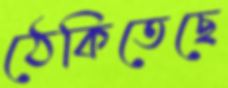
ঠেকিতেছে